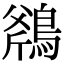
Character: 𪂥